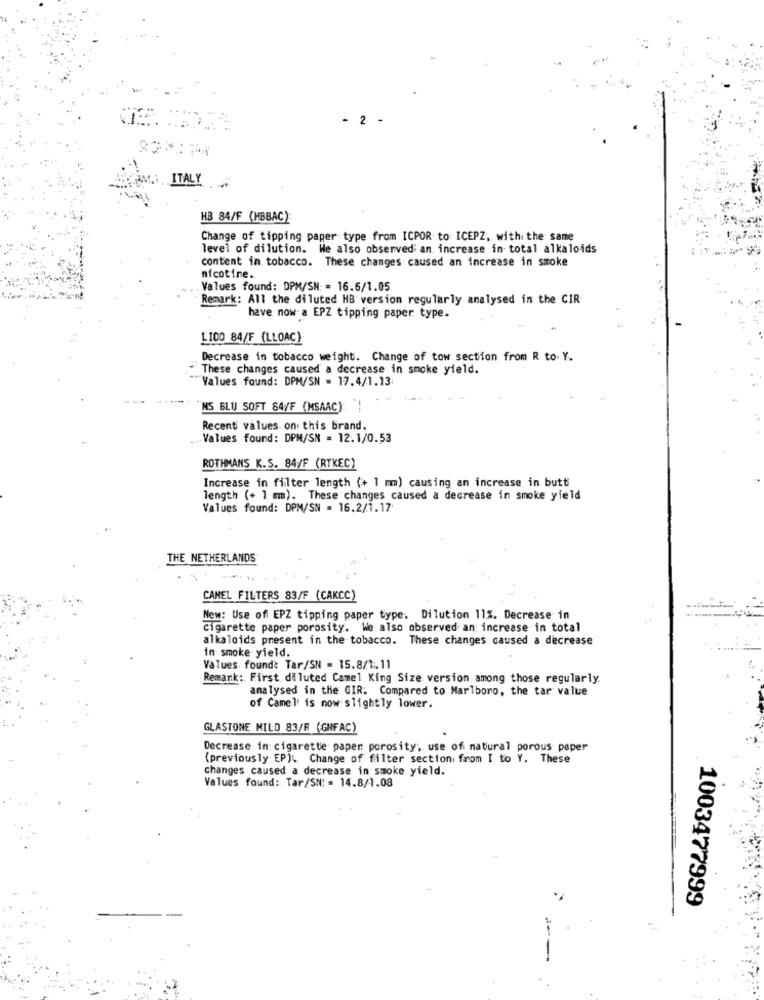
- 2 -
ITALY
HB 84/F (HBBAC)
Change of tipping paper type from ICPOR to ICEPZ, with the same
level of dilution. He also observed an increase in total alkaloids
content in tobacco. These changes caused an increase in smoke
nicotine ..
Values found: DPM/SN = 16.6/1.05
Remark: All the diluted HB version regularly analysed in the CIR
have now-a EPZ tipping paper type.
LI00 84/F (LLOAC)
Decrease in tobacco weight. Change of tow section from R to. Y.
These changes caused a decrease in smoke yield.
Values found: DPM/SN = 17.4/1.13:
NS BLU SOFT 84/F (MSAAC):
Recent values on this brand.
.. Values found: DPM/SN = 12.1/0.53
ROTHMANS K.S. 84/F (RTKEC)
Increase in filter length (+ 1 mm) causing an increase in butt
length (+ 1 mm). These changes caused a decrease in smoke yield
Values found: DPM/SN = 16.2/1.17
THE NETHERLANDS
CAMEL FILTERS 83/F (CAKCC)
New: Use of EPZ tipping paper type: Dilution 11%. Decrease in
Cigarette paper porosity. We also observed an: increase in total
alkaloids present in the tobacco. These changes caused a decrease
in smoke yield.
Values foundt Tar/SN = 15.8/1.11
Remark: First diluted Camel King Size version among those regularly.
analysed in the CIR. Compared to Marlboro, the tar value
of Camel is now slightly lower.
GLASTONE MILD 83/F (GHFAC)
Decrease in: cigarette paper porosity, use of natural porous paper
(previously EP). Change of filter section from I to Y. These
changes caused a decrease in smoke yield.
Values found: Tar/SN! = 14.8/1.08
1003477999